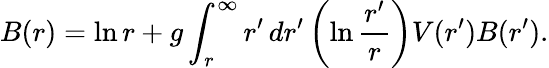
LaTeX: B(r)=\ln r+g\int_{r}^{\infty}r^{\prime}\, dr^{\prime}\, \biggl(\ln{\frac{r^{\prime}}{r}}\biggr)V(r^{\prime})B(r^{\prime}).